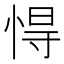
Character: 㥂